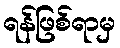
ရန်ဖြစ်ရာမှ